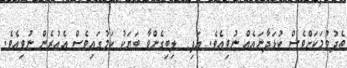
ތެދުވުމަކަށްވެސް ކުޅަދާނައެއް ނުވިއެވެ. އަދި  ލިބިގެންވާ ބަޔަކު ކަމުގައިވެސް އެއުރެން ނުވިއެވެ.